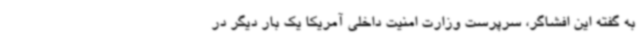
به گفته این افشاگر، سرپرست وزارت امنیت داخلی آمریکا یک بار دیگر در